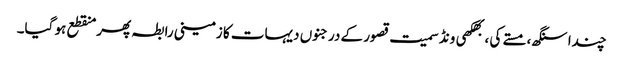
چندا سنگھ، مستے کی ، بھکھی ونڈ سمیت قصور کے درجنوں دیہات کا زمینی رابطہ پھر منقطع ہو گیا۔